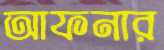
আফনার